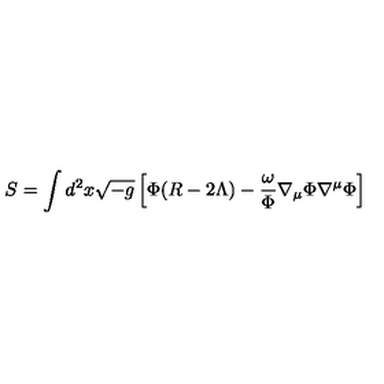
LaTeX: S = \int d ^ { 2 } x \sqrt { - g } \left[ \Phi ( R - 2 \Lambda ) - \frac { \omega } { \Phi } \nabla _ { \mu } \Phi \nabla ^ { \mu } \Phi \right]